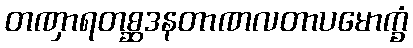
တဏှာရတစ္ဆဒနတာဏလတာပမောက္ခံ